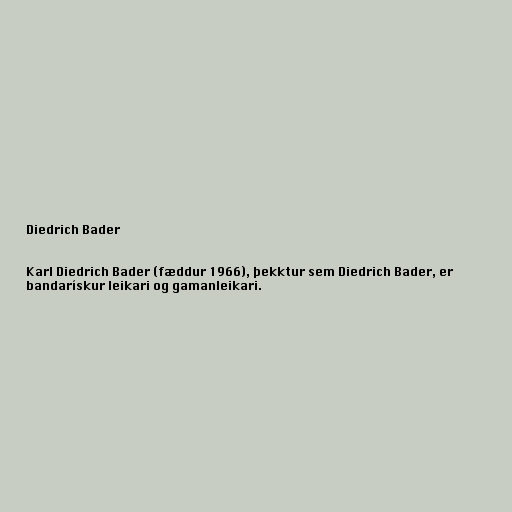
Diedrich Bader

Karl Diedrich Bader (fæddur 1966), þekktur sem Diedrich Bader, er
bandarískur leikari og gamanleikari.